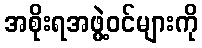
အစိုးရအဖွဲ့ဝင်များကို